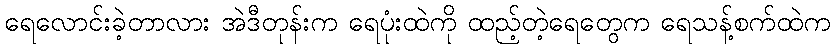
ရေလောင်းခဲ့တာလား အဲဒီတုန်းက ရေပုံးထဲကို ထည့်တဲ့ရေတွေက ရေသန့်စက်ထဲက